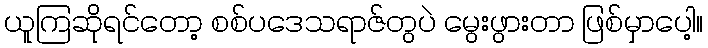
ယူကြဆိုရင်တော့ စစ်ပဒေသရာဇ်တွပဲ မွေးဖွားတာ ဖြစ်မှာပေါ့။